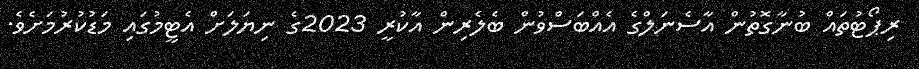
ރިޕޯޓުތައް ބުނާގޮތުން އާސެނަލްގެ އެއްބަސްވުން ބެލެރިން އާކުރީ 2023ގެ ނިޔަލަށް އެޓީމުގައި މަޑުކުރުމަށެވެ.